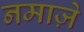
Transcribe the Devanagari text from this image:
नमाज़े